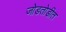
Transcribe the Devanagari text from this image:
जोडतोडीत